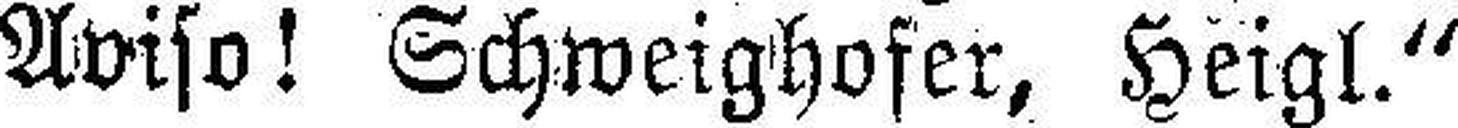
Aviso! Schweighofer, Heigl.“